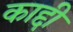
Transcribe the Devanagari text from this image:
काद्दी